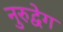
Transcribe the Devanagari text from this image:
नुरुद्वेग